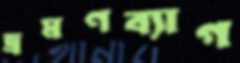
ভ্রমণব্যাগ